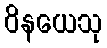
ဝိနယေသု